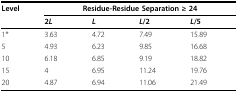
<table><thead><tr><td><b>Level</b></td><td colspan="4"><b>Residue-Residue Separation ≥ 24</b></td></tr><tr><td></td><td><b>2<i>L</i></b></td><td><b><i>L</i></b></td><td><b><i>L</i>/2</b></td><td><b><i>L</i>/5</b></td></tr></thead><tbody><tr><td>1*</td><td>3.63</td><td>4.72</td><td>7.49</td><td>15.89</td></tr><tr><td>5</td><td>4.93</td><td>6.23</td><td>9.85</td><td>16.68</td></tr><tr><td>10</td><td>6.18</td><td>6.85</td><td>9.19</td><td>18.82</td></tr><tr><td>15</td><td>4</td><td>6.95</td><td>11.24</td><td>19.76</td></tr><tr><td>20</td><td>4.87</td><td>6.94</td><td>11.06</td><td>21.49</td></tr></tbody></table>